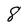
Character: 8